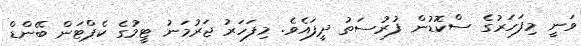
ވަނީ މިފަހަރުގެ ސްކޮޑުން ފުރުސަތު ދީފައެވެ. މިފަހަރު ޖަރުމަނު ޓީމުގެ ކެޕްޓަން ބޭންޑް